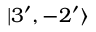
| 3 ^ { \prime } , - 2 ^ { \prime } \rangle